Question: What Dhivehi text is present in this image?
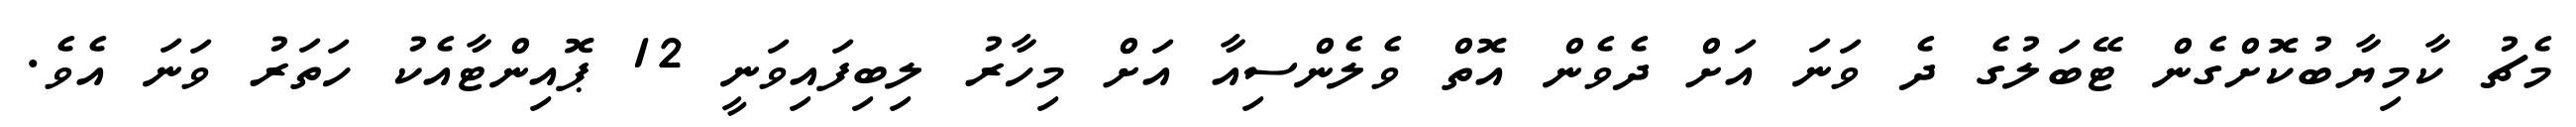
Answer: މެޗު ކާމިޔާބުކޮށްގެން ޓޭބަލުގެ ދެ ވަނަ އަށް ދެވެން އޮތް ވެލެންސިއާ އަށް މިހާރު ލިބިފައިވަނީ 12 ޕޮއިންޓާއެކު ހަތަރު ވަނަ އެވެ.